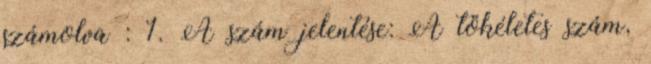
számolva : 1. A szám jelentése: A tökéletes szám,